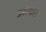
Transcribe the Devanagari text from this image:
प्रसंगा।।